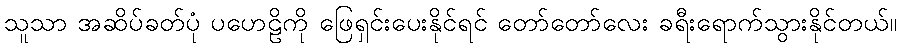
သူသာ အဆိပ်ခတ်ပုံ ပဟေဠိကို ဖြေရှင်းပေးနိုင်ရင် တော်တော်လေး ခရီးရောက်သွားနိုင်တယ်။